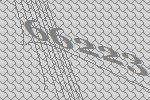
66223